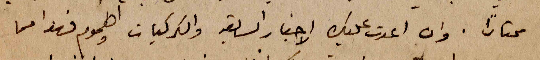
محتاراً. وان اعدت عليك الاخبار السابقة والكركبات والهموم فهذا مما